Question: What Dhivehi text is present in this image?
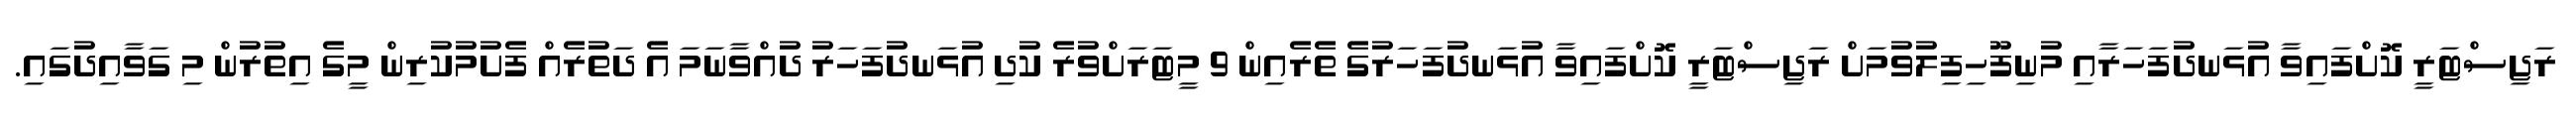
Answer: ރަޖިސްޓަރީ ކޮށްފައިވާ އުޅަނދުފަހަރާއި މުނިފޫހިފިލުވުމަށް ރަޖިސްޓަރީ ކޮށްފައިވާ އުޅަނދުފަހަރުގެ ތެރެއިން 9 މީޓަރަށްވުރެ ކުދި އުޅަނދުފަހަރު ދުއްވާނަމަ އެ ދަތުރެއް ފެށުމުކުރިން މީގެ އިތުރުން މި ގަވާއިދުގައި.